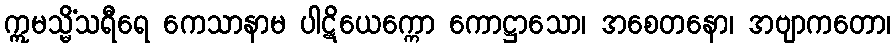
ဣမသ္မိံသရီရေ ကေသာနာမ ပါဋိယေက္ကော ကောဋ္ဌာသော၊ အစေတနော၊ အဗျာကတော၊